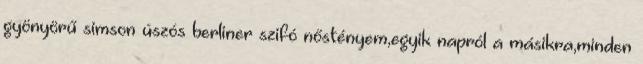
gyönyörű simson úszós berliner szifó nőstényem,egyik napról a másikra,minden